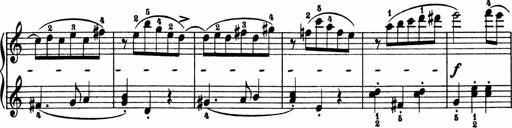
Title: 2 Sonatinen
Composer: Lambertus Adrianus van Tetterode